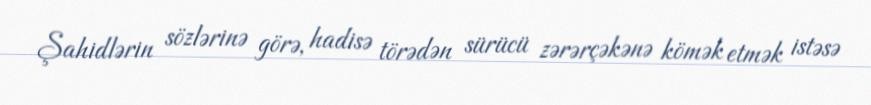
Şahidlərin sözlərinə görə, hadisə törədən sürücü zərərçəkənə kömək etmək istəsə